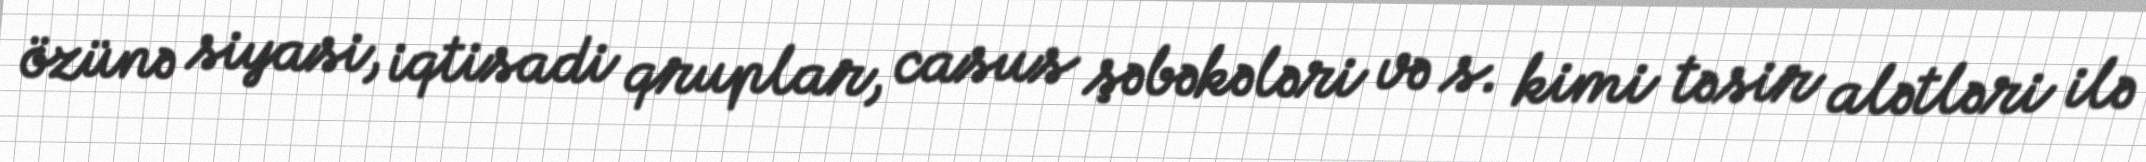
özünə siyasi, iqtisadi qruplar, casus şəbəkələri və s. kimi təsir alətləri ilə